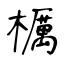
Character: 櫔